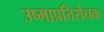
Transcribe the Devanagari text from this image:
उष्माप्रतिरोधक